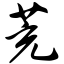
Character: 茺